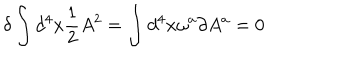
\delta \int d ^ { 4 } x \frac { 1 } { 2 } A ^ { 2 } = \int d ^ { 4 } x \omega ^ { a } \partial A ^ { a } = 0